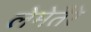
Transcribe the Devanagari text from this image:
लेमेतैरे